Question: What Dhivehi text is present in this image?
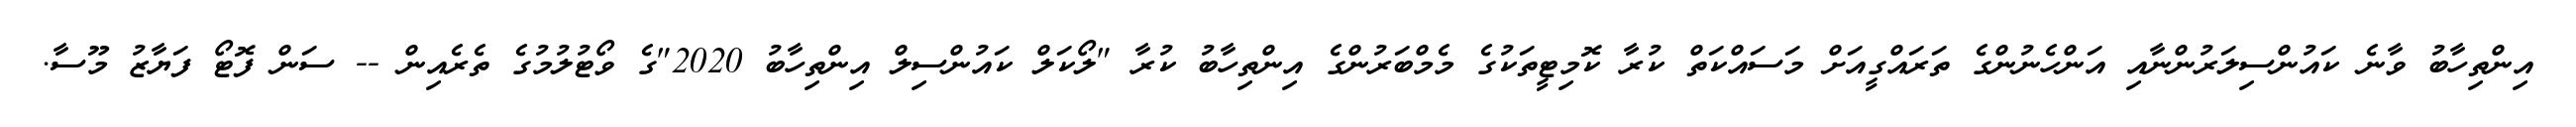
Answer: އިންތިހާބު ވާނެ ކައުންސިލަރުންނާއި އަންހެނުންގެ ތަރައްގީއަށް މަސައްކަތް ކުރާ ކޮމިޓީތަކުގެ މެމްބަރުންގެ އިންތިހާބު ކުރާ "ލޯކަލް ކައުންސިލް އިންތިހާބު 2020"ގެ ވޯޓުލުމުގެ ތެރެއިން -- ސަން ފޮޓޯ ފަޔާޒު މޫސާ.